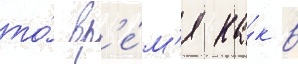
то́ вр'е́м'я ка́к в